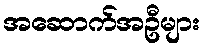
အဆောက်အဦများ